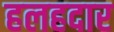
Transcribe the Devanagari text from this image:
हलहदार